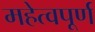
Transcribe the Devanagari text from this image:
महेत्वपूर्ण